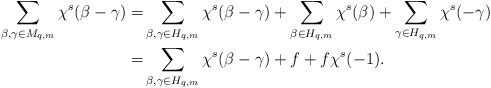
\begin{align*}\sum\limits_{\beta,\gamma\in M_{q,m}}\chi^s(\beta-\gamma)=&\sum\limits_{\beta,\gamma\in H_{q,m}}\chi^s(\beta-\gamma)+\sum\limits_{\beta\in H_{q,m}}\chi^s(\beta)+\sum\limits_{\gamma\in H_{q,m}}\chi^s(-\gamma)\\=&\sum\limits_{\beta,\gamma\in H_{q,m}}\chi^s(\beta-\gamma)+f+f\chi^s(-1).\end{align*}